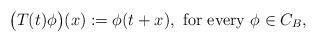
LaTeX: \begin{align*}\big(T(t) \phi \big)(x):=\phi(t+x), \mbox{ for every } \phi \in C_B,\end{align*}